Calcutta medical institutions reports 1871-78
Year: 1871
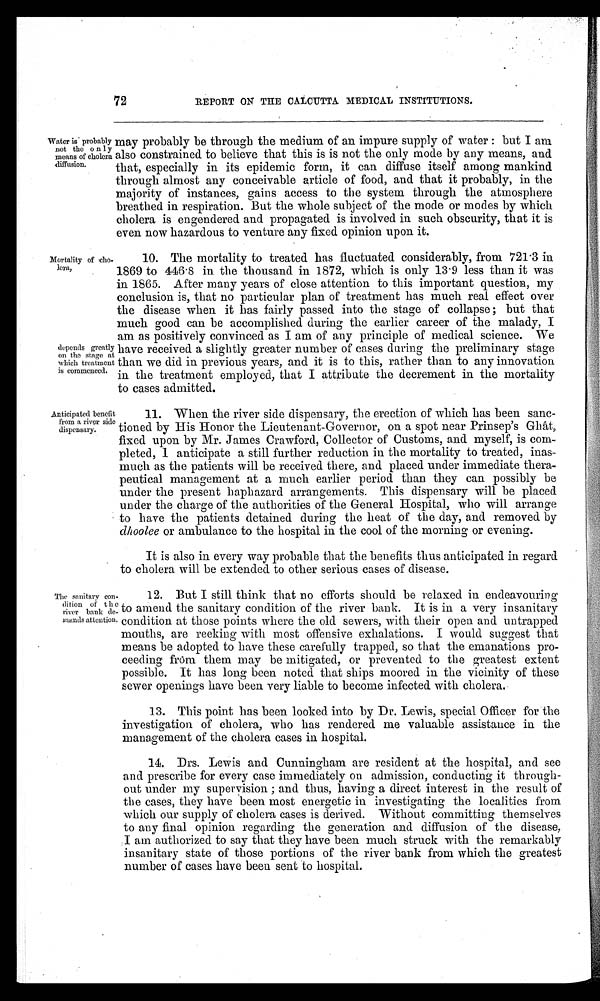
72
REPORT ON THE CALCUTTA MEDICAL INSTITUTIONS.
Water is probably
not the only
means of cholera
diffusion.
may probably be through the medium of an impure supply of water: but I am
also constrained to believe that this is is not the only mode by any means, and
that, especially in its epidemic form, it can diffuse itself among mankind
through almost any conceivable article of food, and that it probably, in the
majority of instances, gains access to the system through the atmosphere
breathed in respiration. But the whole subject of the mode or modes by which
cholera is engendered and propagated is involved in such obscurity, that it is
even now hazardous to venture any fixed opinion upon it.
Mortality of cho-
lera,
depends greatly
on the stage at
which treatment
is commenced.
10. The mortality to treated has fluctuated considerably, from 721.3 in
1869 to 446.8 in the thousand in 1872, which is only 13.9 less than it was
in 1865. After many years of close attention to this important question, my
conclusion is, that no particular plan of treatment has much real effect over
the disease when it has fairly passed into the stage of collapse; but that
much good can be accomplished during the earlier career of the malady, I
am as positively convinced as I am of any principle of medical science. We
have received a slightly greater number of cases during the preliminary stage
than we did in previous years, and it is to this, rather than to any innovation
in the treatment employed, that I attribute the decrement in the mortality
to cases admitted.
Anticipated benefit
from a river side
dispensary.
11. When the river side dispensary, the erection of which has been sanc-
tioned by His Honor the Lieutenant-Governor, on a spot near Prinsep's Ghât,
fixed upon by Mr. James Crawford, Collector of Customs, and myself, is com-
pleted, I anticipate a still further reduction in the mortality to treated, inas-
much as the patients will be received there, and placed under immediate thera-
peutical management at a much earlier period than they can possibly be
under the present haphazard arrangements. This dispensary will be placed
under the charge of the authorities of the General Hospital, who will arrange
to have the patients detained during the heat of the day, and removed by
dhoolee or ambulance to the hospital in the cool of the morning or evening.
It is also in every way probable that the benefits thus anticipated in regard
to cholera will be extended to other serious cases of disease.
The sanitary con-
dition of the
river bank de-
mands attention.
12. But I still think that no efforts should be relaxed in endeavouring
to amend the sanitary condition of the river bank. It is in a very insanitary
condition at those points where the old sewers, with their open and untrapped
mouths, are reeking with most offensive exhalations. I would suggest that
means be adopted to have these carefully trapped, so that the emanations pro-
ceeding from them may be mitigated, or prevented to the greatest extent
possible. It has long been noted that ships moored in the vicinity of these
sewer openings have been very liable to become infected with cholera.
13. This point has been looked into by Dr. Lewis, special Officer for the
investigation of cholera, who has rendered me valuable assistance in the
management of the cholera cases in hospital.
14. Drs. Lewis and Cunningham are resident at the hospital, and see
and prescribe for every case immediately on admission, conducting it through-
out under my supervision; and thus, having a direct interest in the result of
the cases, they have been most energetic in investigating the localities from
which our supply of cholera cases is derived. Without committing themselves
to any final opinion regarding the generation and diffusion of the disease,
I am authorized to say that they have been much struck with the remarkably
insanitary state of those portions of the river bank from which the greatest
number of cases have been sent to hospital.